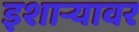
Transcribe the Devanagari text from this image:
इशार्‍यावर